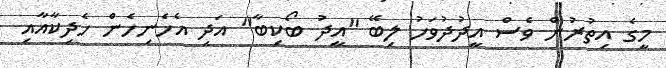
މީގެ އިތުރުން ވެސް އީދުދުވަހު ލިބޭ "އީދު ބޯކިބާ" އަދި އެހެނިހެން ހެދިކާއާއި